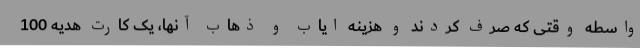
واسطه وقتی که صرف کردند و هزینه ایاب و ذهاب آنها، یک کارت هدیه 100